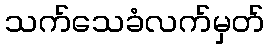
သက်သေခံလက်မှတ်